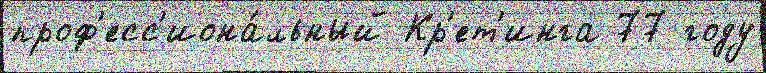
проф'есс'иона́льный Кр'ет'инга 77 году